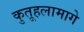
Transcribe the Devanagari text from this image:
कुतूहलामागे